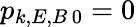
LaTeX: p_{k,E,B\, 0}=0